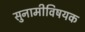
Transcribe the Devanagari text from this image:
सुनामीविषयक